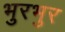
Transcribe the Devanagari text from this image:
भुरभुर